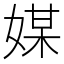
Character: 媒